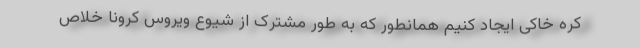
کره خاکی ایجاد کنیم همانطور که به طور مشترک از شیوع ویروس کرونا خلاص